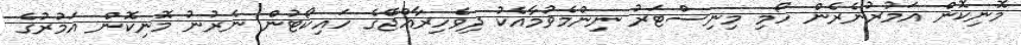
މޮނިކޮން އަމުރުނެރެން ހޯމި މިނިސްޓަރު ނިންމެވުމާއެކު ދިވެހިރާއްޖޭގެ ހައިކޯޓުން ނެރުނު މޮނިކޮން އަމުރުގެ